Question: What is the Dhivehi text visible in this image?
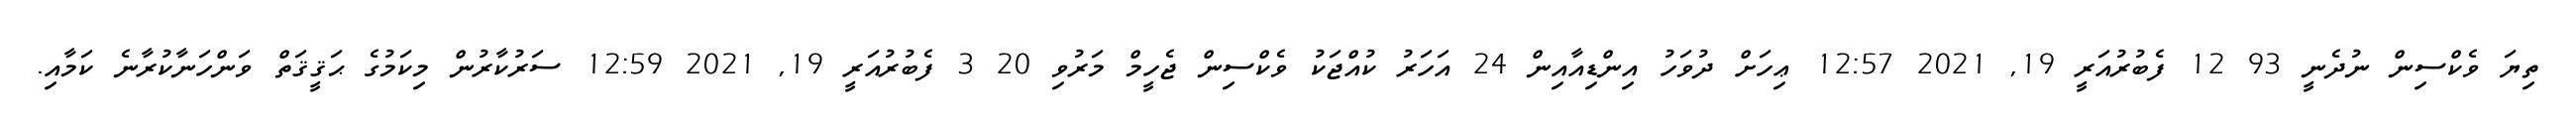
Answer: ތިޔަ ވެކްސިން ނުދެނީ 93 12 ފެބުރުއަރީ 19, 2021 12:57 ޢިހަށް ދުވަހު އިންޑިއާއިން 24 އަހަރު ކުއްޖަކު ވެކްސިން ޖެހީމް މަރުވި 20 3 ފެބުރުއަރީ 19, 2021 12:59 ސަރުކާރުން މިކަމުގެ ޙަޤީޤަތް ވަންހަނާކުރާނެ ކަމާއި.